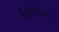
ઈટાલીયનો